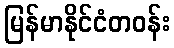
မြန်မာနိုင်ငံတဝန်း